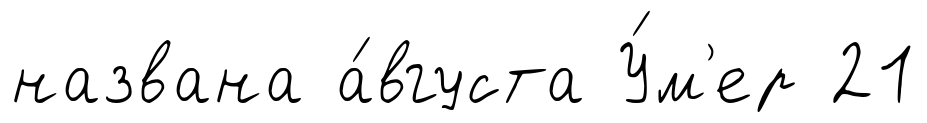
названа а́вгуста У́м'ер 21